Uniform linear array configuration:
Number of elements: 16
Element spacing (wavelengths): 1
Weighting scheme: hamming
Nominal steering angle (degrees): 15
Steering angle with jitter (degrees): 13.594
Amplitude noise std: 0.05
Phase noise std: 0.05

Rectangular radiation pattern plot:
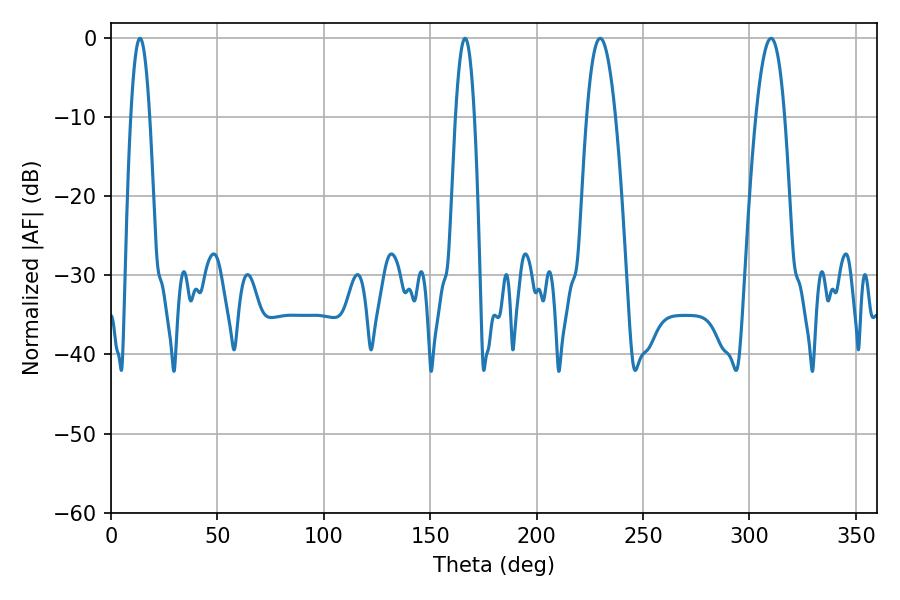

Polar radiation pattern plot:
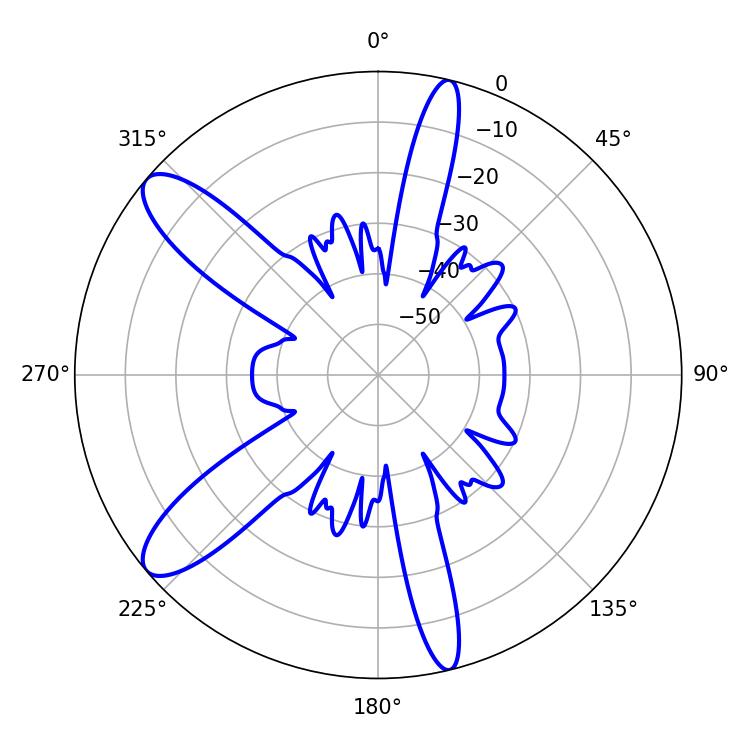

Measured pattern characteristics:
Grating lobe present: TRUE
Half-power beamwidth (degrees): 7.38
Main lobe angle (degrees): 229.86